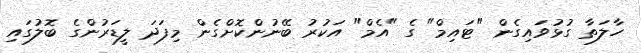
ހާލަތާ ގުޅުވައިގެން "ޓައިމް" ގެ "އެމް" އަކުރު ބޭނުންކޮށްގެން މިފަދަ ލީޑަރުންގެ ބޮލުގައި